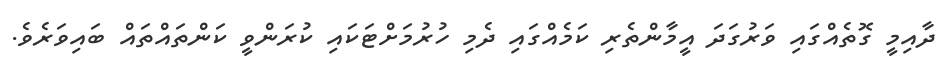
ދާއިމީ ގޮތެއްގައި ވަރުގަދަ އީމާންތެރި ކަމެއްގައި ދެމި ހުރުމަށްޓަކައި ކުރަންވީ ކަންތައްތައް ބައިވަރެވެ.